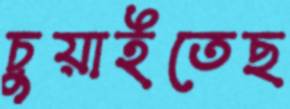
চুয়াইতেছ